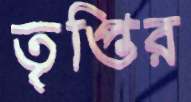
তৃপ্তির